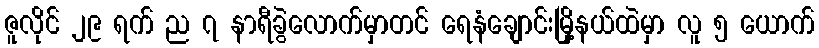
ဇူလိုင် ၂၉ ရက် ည ၇ နာရီခွဲလောက်မှာတင် ရေနံချောင်းမြို့နယ်ထဲမှာ လူ ၅ ယောက်